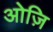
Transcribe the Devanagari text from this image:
ओज़ि